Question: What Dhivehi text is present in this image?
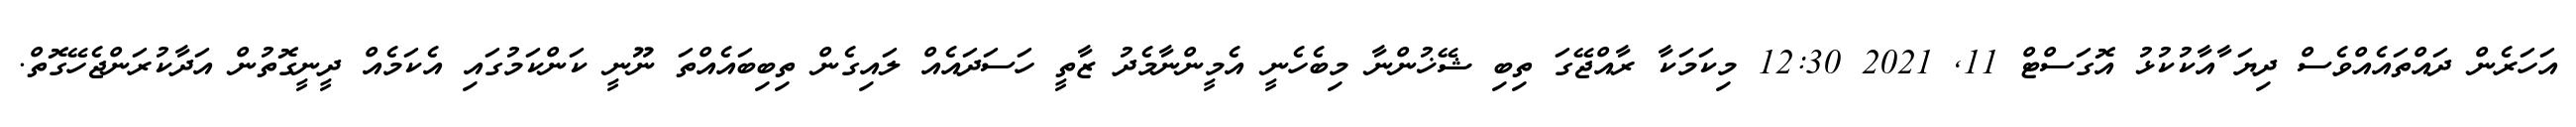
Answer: އަހަރެން ދައްތައެއްވެސް ދިޔަ ާއާކުކުޅު އޮގަސްޓް 11, 2021 12:30 މިކަމަކާ ރާއްޖޭގަ ތިބި ޝޭޚުންނާ މިބެހެނީ އެމީންނާމެދު ޒާތީ ހަސަދައެއް ލައިގެން ތިބިބައެއްތަ ނޫނީ ކަންކަމުގައި އެކަމެއް ދީނީގޮތުން އަދާކުރަންޖެހޭގޮތް.